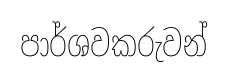
පාර්ශවකරුවන්